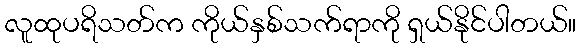
လူထုပရိသတ်က ကိုယ်နှစ်သက်ရာကို ရှယ်နိုင်ပါတယ်။